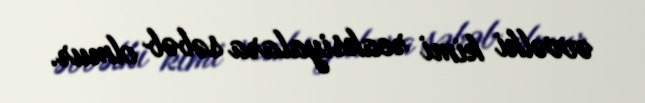
əvvəlki kimi reaksiyalara səbəb olmur.